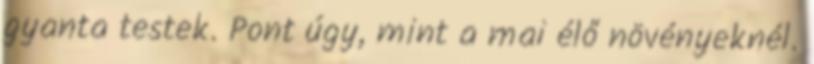
gyanta testek. Pont úgy, mint a mai élő növényeknél.